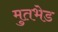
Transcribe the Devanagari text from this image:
मुतभेड